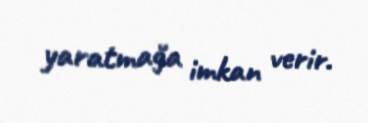
yaratmağa imkan verir.